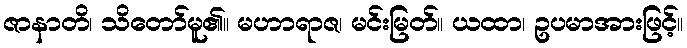
ဇာနာတိ၊ သိတော်မူ၏။ မဟာရာဇ၊ မင်းမြတ်။ ယထာ၊ ဥပမာအားဖြင့်။